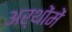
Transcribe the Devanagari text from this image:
अर्थोंमें